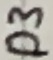
Text: D3